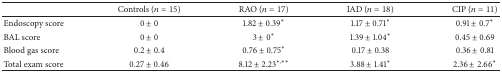
|  | Controls (n = 15) | RAO (n = 17) | IAD (n = 18) | CIP (n = 11) |
 | --- | --- | --- | --- | --- |
 | Endoscopy score | 0 ± 0 | 1.82 ± 0.39∗ | 1.17 ± 0.71∗ | 0.91 ± 0.7∗ |
 | BAL score | 0 ± 0 | 3 ± 0∗ | 1.39 ± 1.04∗ | 0.45 ± 0.69 |
 | Blood gas score | 0.2 ± 0.4 | 0.76 ± 0.75∗ | 0.17 ± 0.38 | 0.36 ± 0.81 |
 | Total exam score | 0.27 ± 0.46 | 8.12 ± 2.23∗,∗∗ | 3.88 ± 1.41∗ | 2.36 ± 2.66∗ |